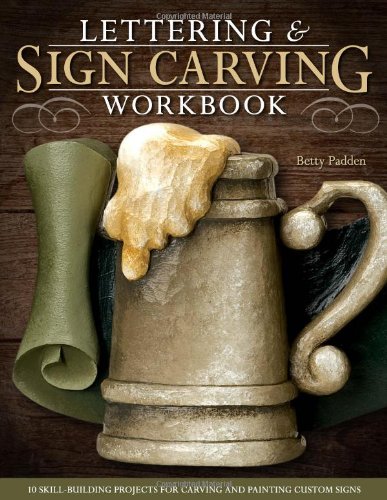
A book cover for Lettering & Sign Carving Workbook: 10 Skill-Building Projects for Carving and Painting Custom Signs; Betty Padden; Crafts, Hobbies & Home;